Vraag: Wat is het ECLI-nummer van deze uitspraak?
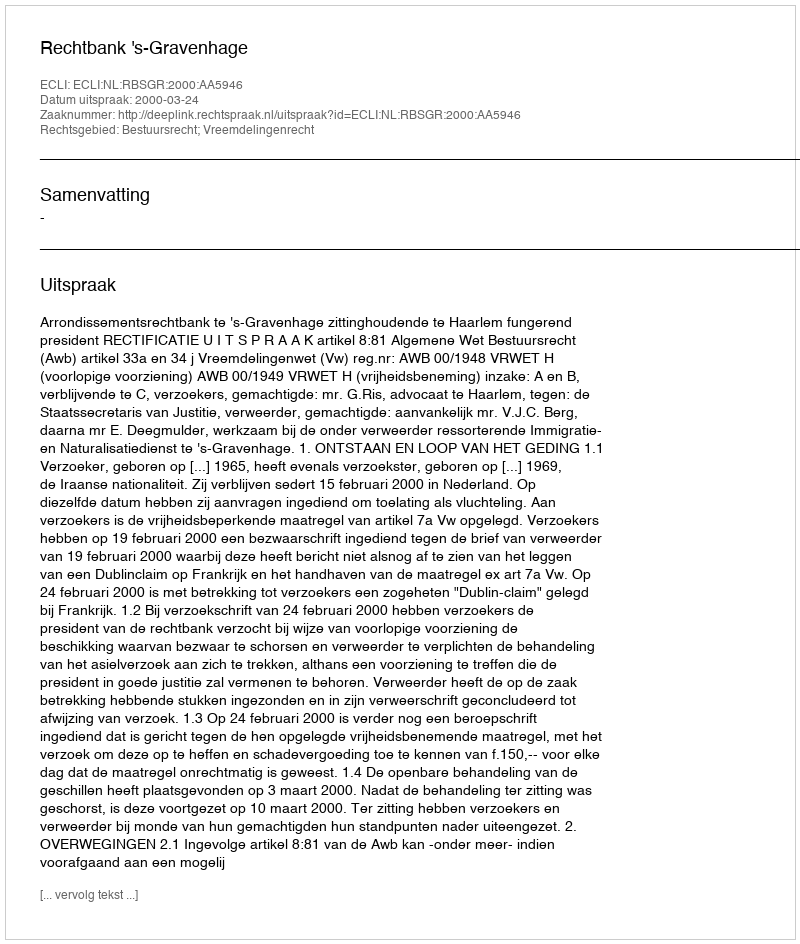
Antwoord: ECLI:NL:RBSGR:2000:AA5946